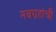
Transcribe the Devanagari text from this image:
नवग्रहांची